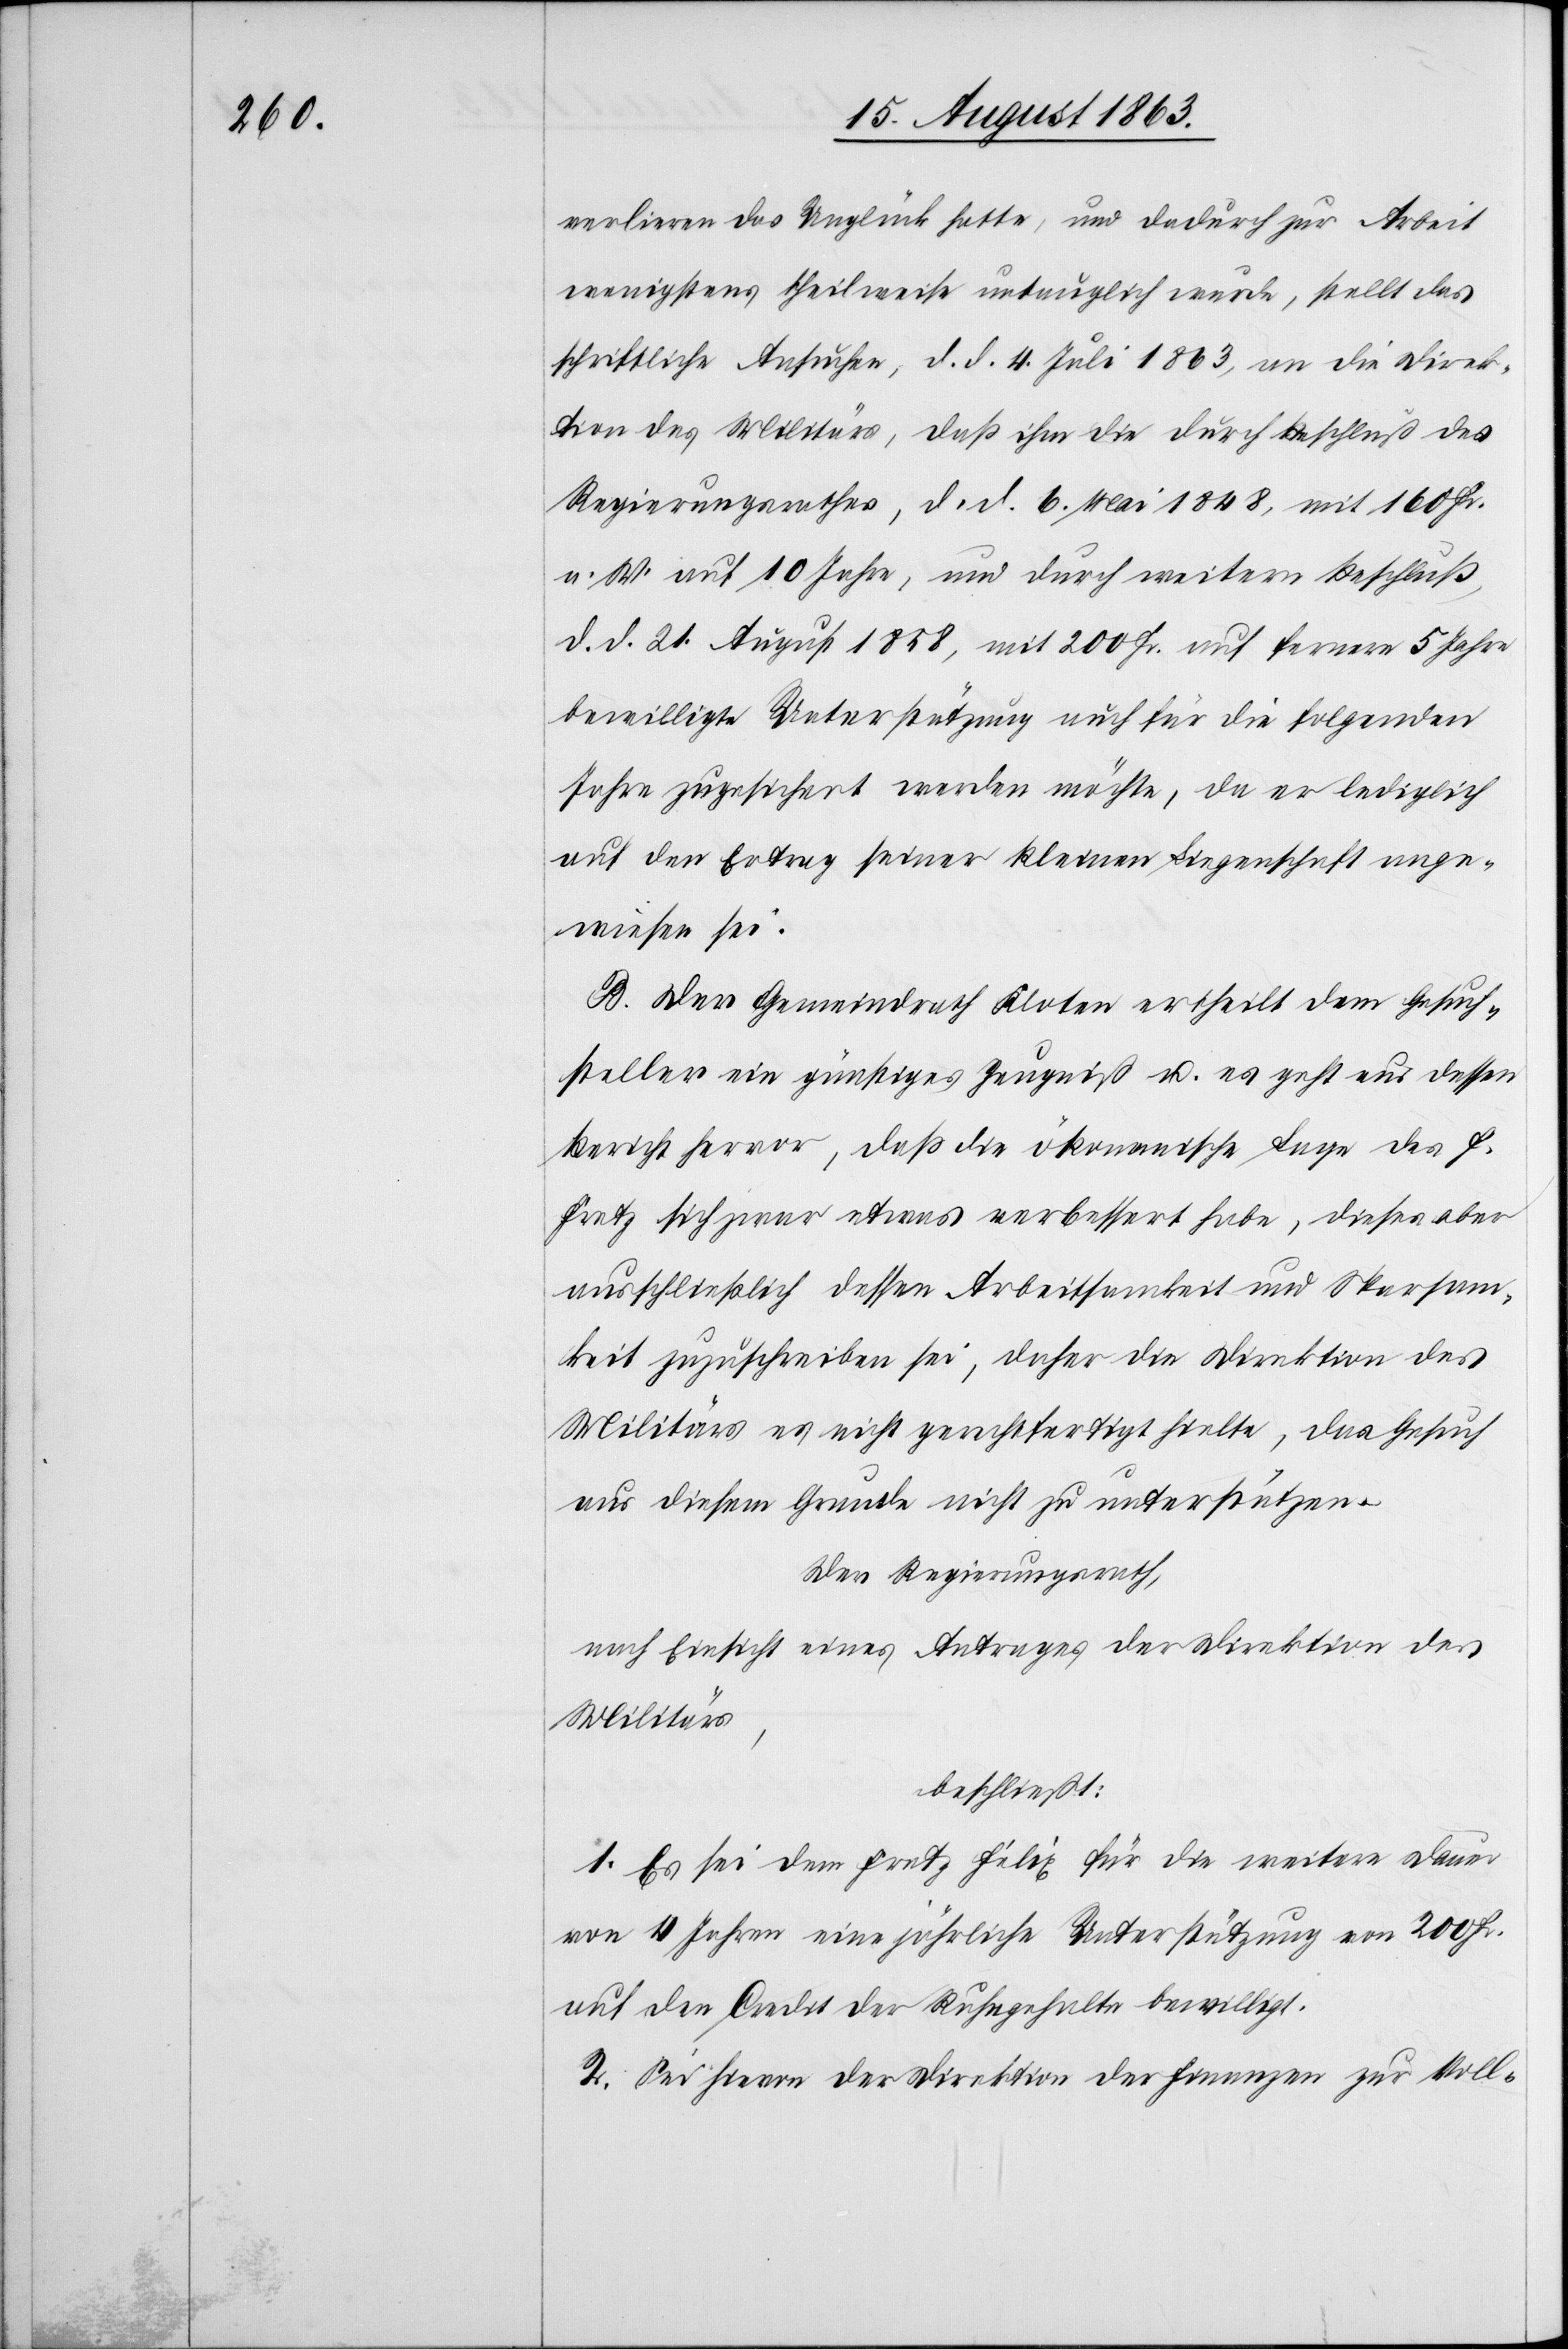
verlieren das Unglück hatte, und dadurch zur Arbeit
wenigstens theilweise untauglich wurde, stellt das
schriftliche Aufsuchen, d. d. 4. Juli 1863, an die Direk¬
tion des Militärs, daß ihm die durch Beschluß des
Regierungsrathes, d. d. 6. Mai 1848, mit 160 Fr.
a. W. auf 10 Jahre, und durch weitern Beschluß,
d. d. 21. August 1858, mit 200 Fr. auf fernere 5 Jahre
bewilligte Unterstützung auch für die folgenden
Jahre zugesichert werden möchte, da er lediglich
auf den Ertrag seiner kleinen Liegenschaft ange¬
wiesen sei.
B. Der Gemeindrath Kloten ertheilt dem Gesuch¬
steller ein günstiges Zeugniß u. es geht aus dessen
Bericht hervor, daß die ökonomische Lage des F.
Fretz sich zwar etwas verbessert habe, dieses aber
ausschließlich dessen Arbeitsamkeit und Sparsam¬
keit zuzuschreiben sei, daher die Direktion des
Militärs es nicht gerechtfertigt hielte, das Gesuch
aus diesem Grund nicht zu unterstützen.
Der Regierungsrath,
nach Einsicht eines Antrages der Direktion des
Militärs,
beschließt:
1. Es sei dem Fretz Felix für die weitere Dauer
von 4 Jahren eine jährliche Unterstützung von 200 Fr.
auf den Credit der Ruhegehalte bewilligt.
2. Sei hievon der Direktion der Finanzen zur Voll-